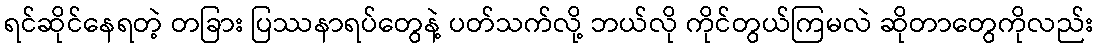
ရင်ဆိုင်နေရတဲ့ တခြား ပြဿနာရပ်တွေနဲ့ ပတ်သက်လို့ ဘယ်လို ကိုင်တွယ်ကြမလဲ ဆိုတာတွေကိုလည်း